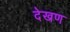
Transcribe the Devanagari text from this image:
देखण